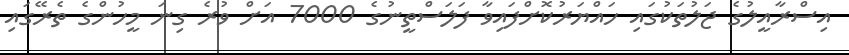
އިސްރާއީލުގެ ޖަލުތަކުގައި ހައްޔަރުކޮށްފައިވާ ފަލަސްތީނުގެ 7000 އަށް ވުރެ ގިނަ މީހުންގެ ތެރޭގައި